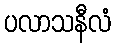
ပလာသနီလံ